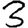
Digit: 3